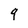
Character: 9